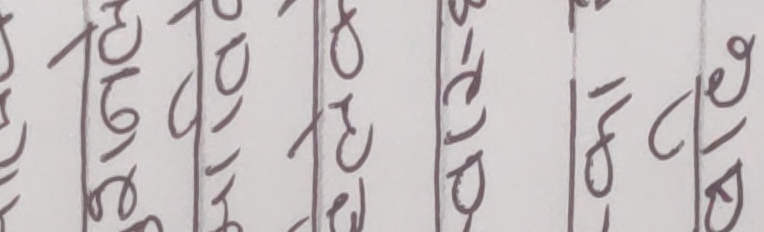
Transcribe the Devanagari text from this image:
होला रे